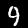
Label: 9